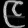
Digit: ၉